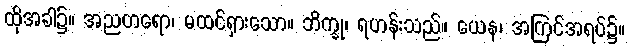
ထိုအခါ၌။ အညတရော၊ မထင်ရှားသော။ ဘိက္ခု၊ ရဟန်းသည်။ ယေန၊ အကြင်အရပ်၌။